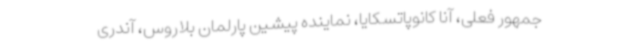
جمهور فعلی، آنا کانوپاتسکایا، نماینده پیشین پارلمان بلاروس، آندری